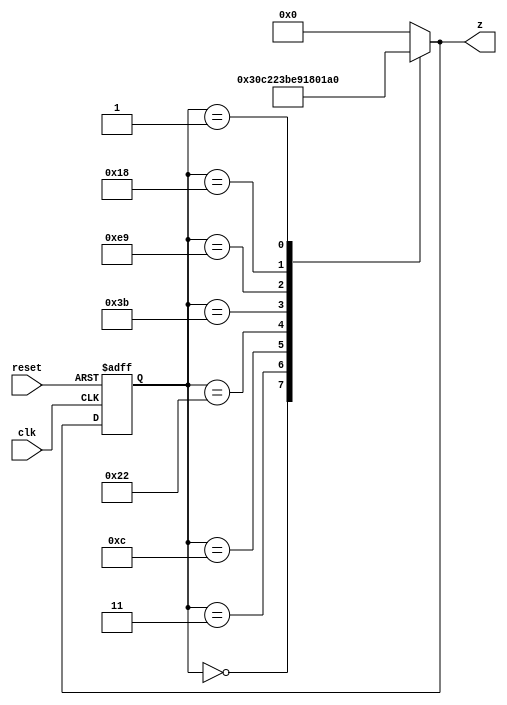
module ex2(clk,reset,z);

	input clk,reset;
	output reg [7:0]z;
	reg [7:0] p_state, n_state;

	parameter [7:0] A=8'd0 , B=8'd3, C=8'd12, D=8'd34, E=8'd59, F=8'd233, G=8'd24, H=8'd1, I=8'd155;

	always @ (p_state) begin
		case (p_state)

			A: begin n_state=B; end
			
			B: begin n_state=C; end  

			C: begin n_state=D; end 

			D: begin n_state=E; end  

			E: begin n_state=F; end
			
			F: begin n_state=G; end
			
			G: begin n_state=H; end

			H: begin n_state=I; end 
			
			I: begin n_state=A; end 

			default: begin n_state=A;  end
		endcase
		
		
	end

	always @(posedge reset or posedge clk)
		if (reset) p_state <= A; 
		else p_state <= n_state;

	always @( p_state) begin
 		z = A; 
 		case (p_state)
 			A: z = B;
			B: z = C;
			C: z = D;
			D: z = E;
			E: z = F;
			F: z = G;
			G: z = H;
			H: z = I;
			I: z = A;

		    
 		endcase
 	end


endmodule